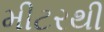
મીટરથી